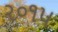
ર૦૧૫